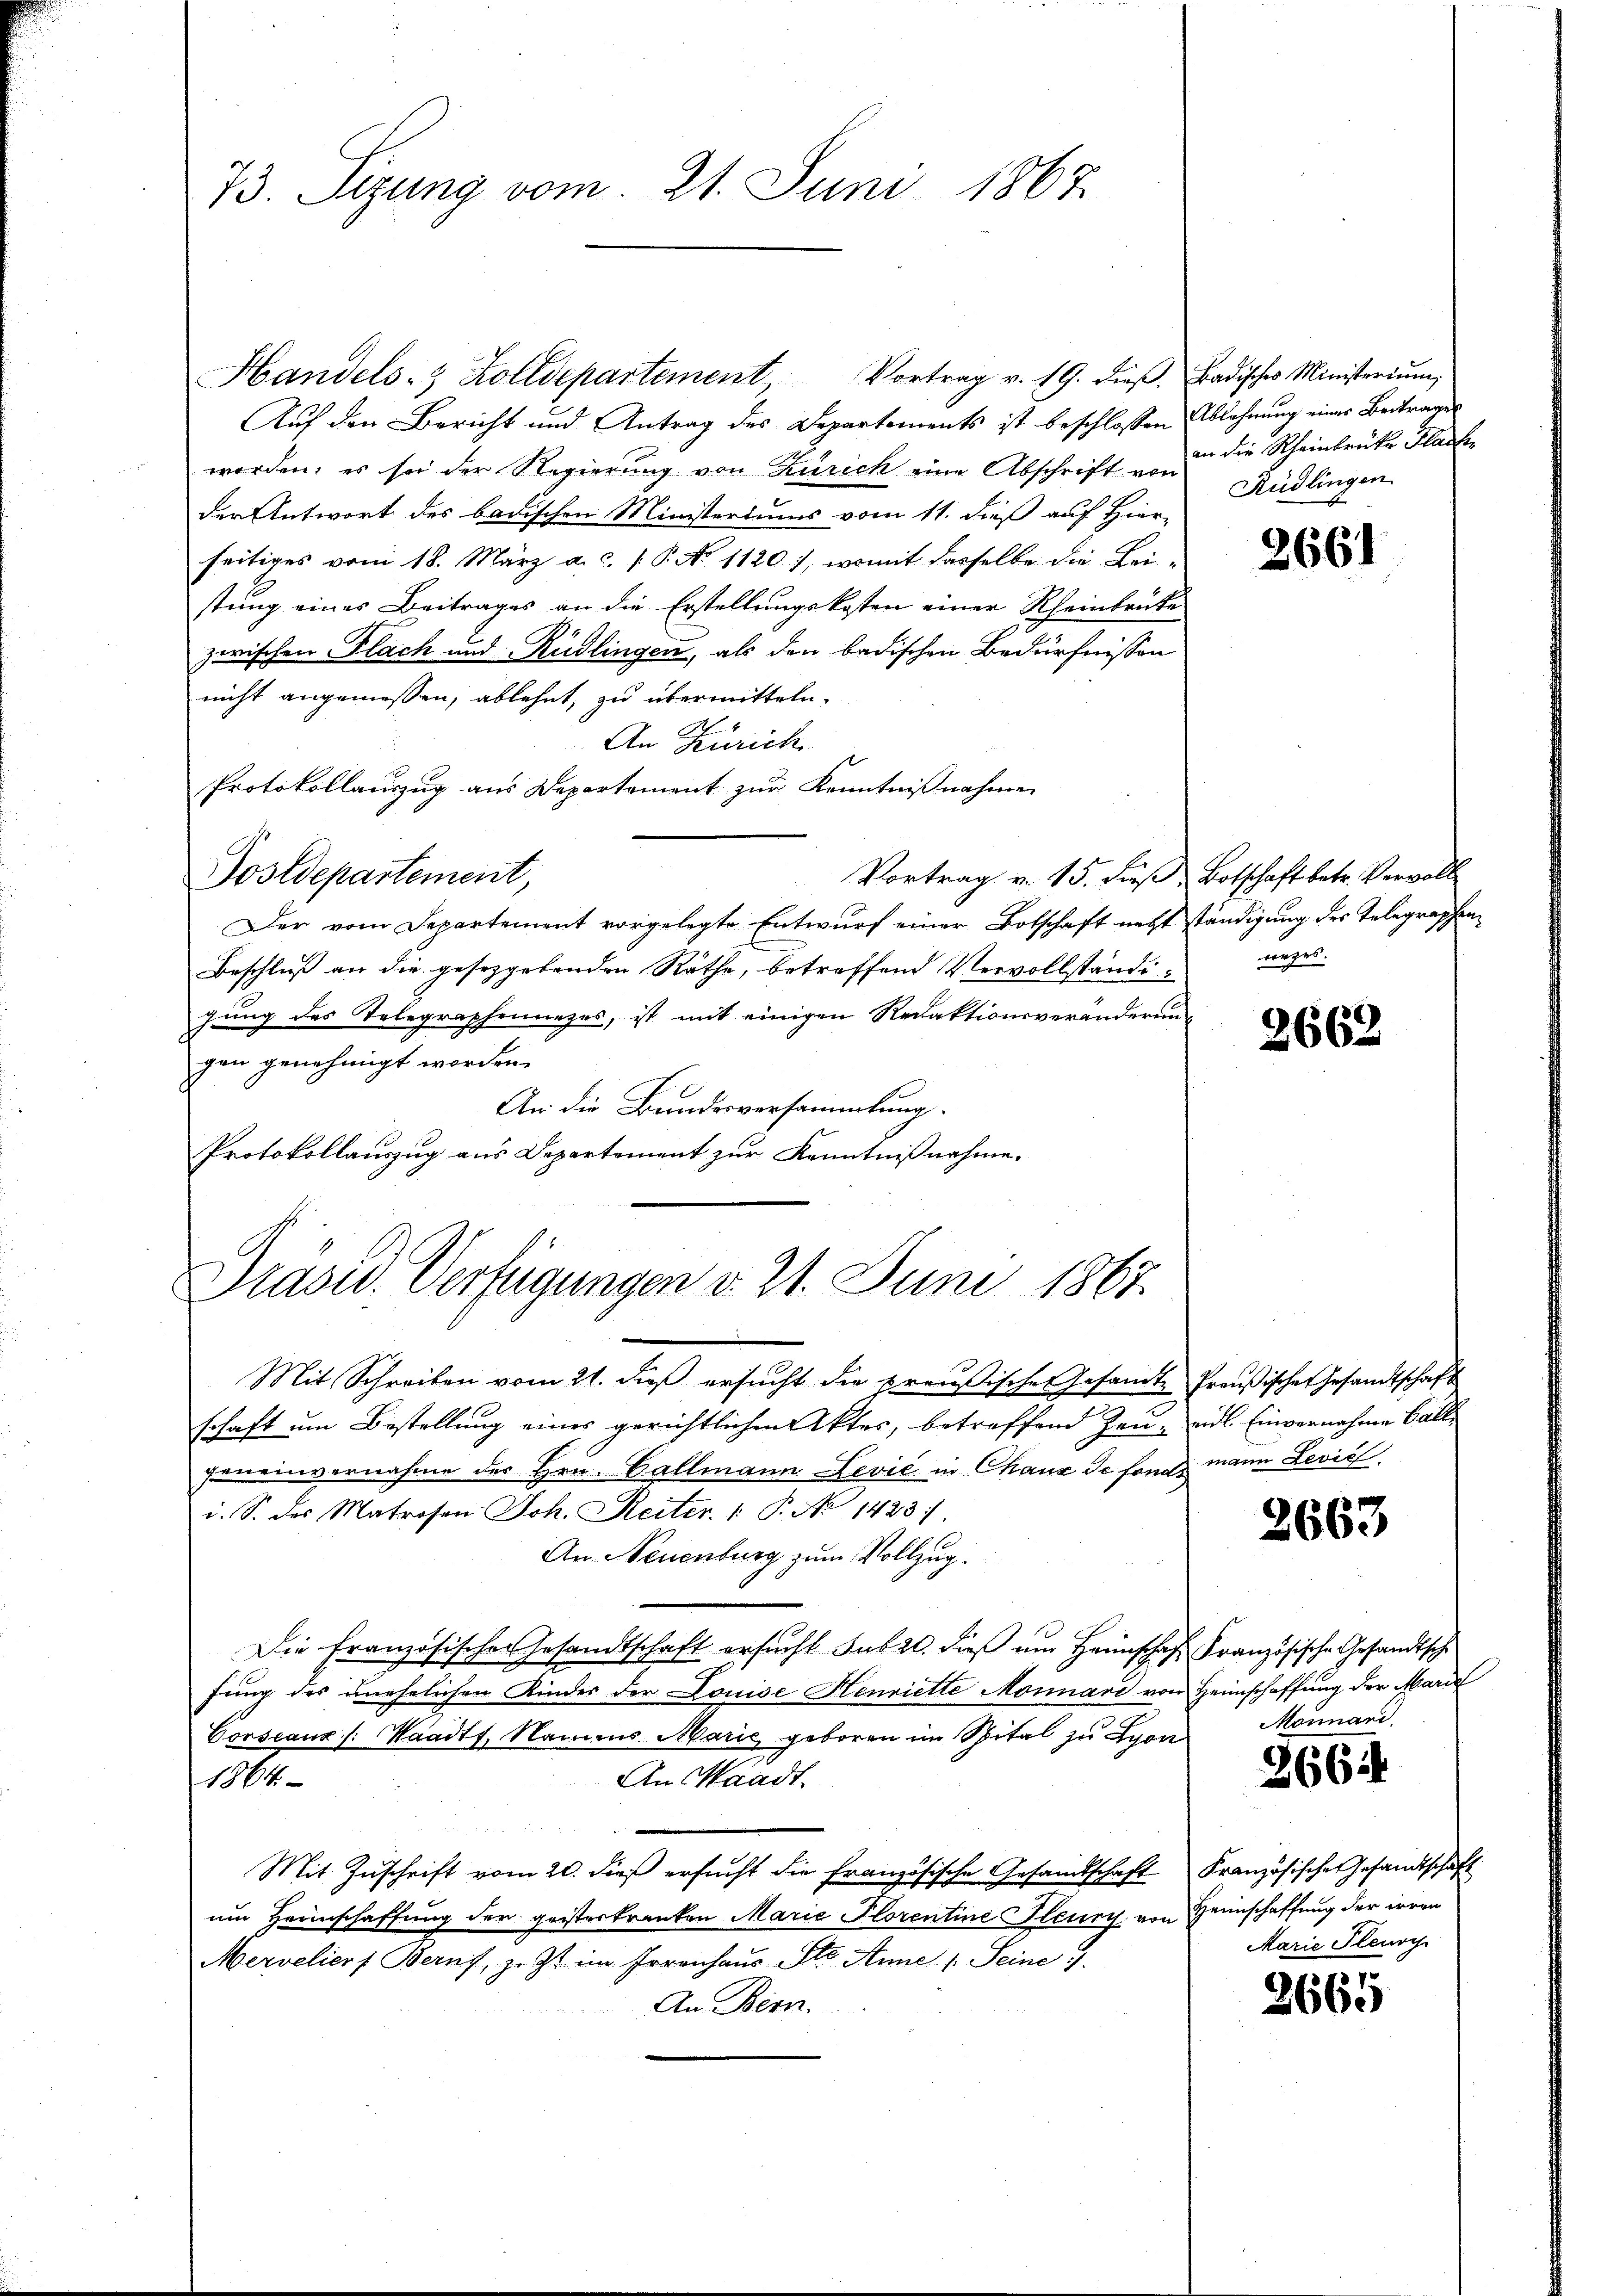
Handels- & Zolldepartement Vortrag v. 19. dieβ, Badisches Ministeriŭm
Auf den Bericht und Antrag des Departements ist beschlossen Ablehnung einer Beitrages
worden; es sei der Regierung von Zürich eine Abschrift in die Rheinbrücke Flache
der Antwort des badischen Ministertums vom 11. dieß auf Hier-
seitiges vom 18. März a. c. P. No 1120), womit dasselbe die Lei-
stung eines Beitrages an die Erstellungskosten einer Rheinbrüke
zwischen Plach und Rüdlingen, als den badischen Bedürfnissen
nicht angemessen, ablehnt, zu übermitteln.
An Zürich
Protokollauszug aus Departement zur Kenntnißnahmen
Postdepartement,
Vortrag v. 15. dieß, Botschaft betr. Vervoll
Der vom Departement vorgelegte Entwurf einer Botschaft nettständigung des Telegraphen
Beschluß an die gesezgebenden Räthe, betreffend Vervollständigung des Telegraphennazes, ist mit einigen Redaktionsveränderungen genehmigt worden.
An die Bundesversammlung.
Protokollauszug aus Departement zur Kenntnißnahme.

73. Sizung vom 21. Juni 1867

Präsid. Verfügungen v. 21. Juni 1867

Rüdlingen.

Mit Schreiben vom 21. daß ersucht die preußische Gesamte Preußischer Gesandtschaft
schaft um Bestellung eines gerichtlichen Aktes, betreffend Zeu- eid. Einvernahme alle
geneinvernahme der Hrn. Gallmann Lević in Chaux de font mann Lević
i. S. des Matrosen Joh. Reiter.  P. No 1423).
An Neuenburg zum Vollzug.
Die Französischen Gesandtschaft ersŭcht sub 20. dieß um Heimschaft Französische Gesandtsche
fung des unehelichen Kinder der Louise Henriette Monnari von Heimschaffung der Marie
Vorscauz /: Waadt, Namens Marić, geboren im Spital zu Lyon
An Waadt.
1884
Mit Zuschrift vom 20. dieß ersucht die französische Gesandtschaft Französische Gesandtschaft
um Heimschaffung der geisterkranken Marie Florentine Steury von Heimschaffung der irren
Merveliers Berns, z. Zt. im Irrenhaus Sto. Anne 1. Seine
An Bern.

3661

rezes.

2662

2663

Monnand.

2662

Marie Pleno

2665